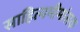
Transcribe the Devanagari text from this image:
साहित्यमीमांसक